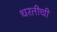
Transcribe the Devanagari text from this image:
धरतीची